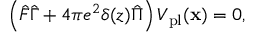
\begin{array} { r } { \left( \hat { F } \hat { \Gamma } + 4 \pi e ^ { 2 } \delta ( z ) \hat { \Pi } \right) V _ { \mathrm { p l } } ( \mathbf { x } ) = 0 , } \end{array}